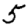
Digit: 5